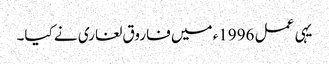
یہی عمل 1996ء میں فاروق لغاری نے کیا۔